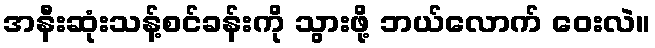
အနီးဆုံးသန့်စင်ခန်းကို သွားဖို့ ဘယ်လောက် ဝေးလဲ။